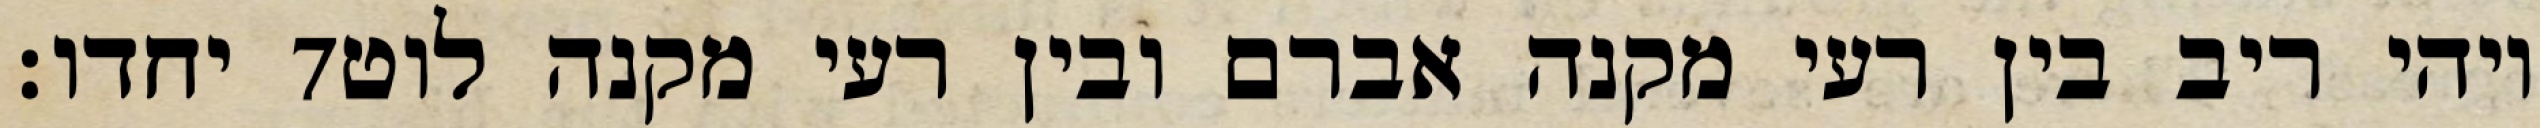
יחדו׃ ‎7‏ ויהי ריב בין רעי מקנה אברם ובין רעי מקנה לוט